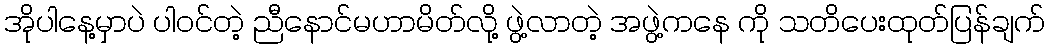
အိုပါနေ့မှာပဲ ပါဝင်တဲ့ ညီနောင်မဟာမိတ်လို့ ဖွဲ့လာတဲ့ အဖွဲ့ကနေ ကို သတိပေးထုတ်ပြန်ချက်